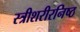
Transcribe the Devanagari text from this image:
स्त्रीशरीरनिष्ठ